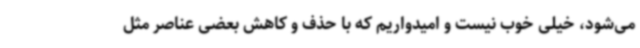
می‌شود، خیلی خوب نیست و امیدواریم که با حذف و کاهش بعضی عناصر مثل